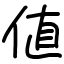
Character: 値